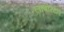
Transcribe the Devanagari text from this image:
लाबोरटरि